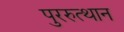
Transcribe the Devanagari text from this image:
पुररुत्थान